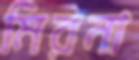
মিরনা